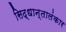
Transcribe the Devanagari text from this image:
सिद्धान्तालंकार